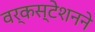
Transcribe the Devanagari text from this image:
वर्कस्टेशनने